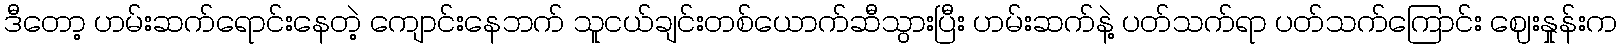
ဒီတော့ ဟမ်းဆက်ရောင်းနေတဲ့ ကျောင်းနေဘက် သူငယ်ချင်းတစ်ယောက်ဆီသွားပြီး ဟမ်းဆက်နဲ့ ပတ်သက်ရာ ပတ်သက်ကြောင်း ဈေးနှုန်းက